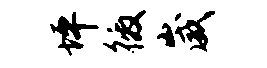
坪徼崴